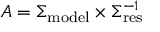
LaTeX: A = \Sigma _ { \mathrm { m o d e l } } \times \Sigma _ { \mathrm { r e s } } ^ { - 1 }